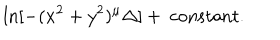
LaTeX: \ln [ - ( x ^ { 2 } + y ^ { 2 } ) ^ { \mu } \Delta ] + ~ \mathrm { c o n s t a n t } .